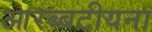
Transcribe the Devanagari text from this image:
आरब्बटीयना